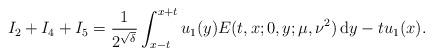
LaTeX: \begin{align*}I_2+I_4+I_5= \frac{1}{2^{\sqrt{\delta}}} \int_{x-t}^{x+t} u_1(y) E(t,x;0,y;\mu,\nu^2) \, \mathrm{d}y - t u_1(x) . \end{align*}